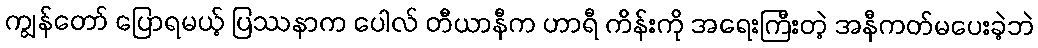
ကျွန်တော် ပြောရမယ့် ပြဿနာက ပေါလ် တီယာနီက ဟာရီ ကိန်းကို အရေးကြီးတဲ့ အနီကတ်မပေးခဲ့ဘဲ